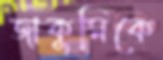
জাকুমিকে